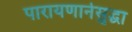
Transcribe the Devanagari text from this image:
पारायणानेसुद्धा